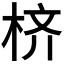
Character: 𪲎